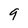
Character: 9